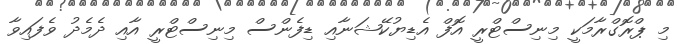
މި ޕްރޮގްރާމަކީ މިނިސްޓްރީ އޮފް އެޑިޔުކޭޝަނާއި ޑިފެންސް މިނިސްޓްރީ އާއި ދެމެދު ވެފައިވާ